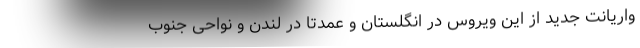
واریانت جدید از این ویروس در انگلستان و عمدتا در لندن و نواحی جنوب